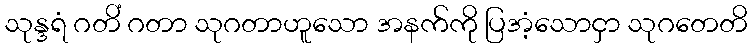
သုန္ဒရံ ဂတိံ ဂတာ သုဂတာဟူသော အနက်ကို ပြအံ့သောငှာ သုဂတေတိ